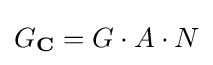
\displaystyle {G_{\mathbf {C} }=G\cdot A\cdot N}